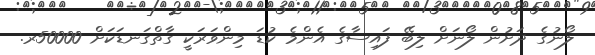
ލޯނުގެ ދަށުން ލޯނަށް ލިބޭ ފައިސާގެ އެންމެ ކުޑަ މިންވަރަކީ ގާތްގަނޑަކަށް 50000ރ.